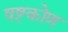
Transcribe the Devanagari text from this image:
षष्टकोण